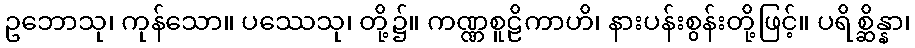
ဥဘောသု၊ ကုန်သော။ ပဿေသု၊ တို့၌။ ကဏ္ဏစူဠိကာဟိ၊ နားပန်းစွန်းတို့ဖြင့်။ ပရိစ္ဆိန္နာ၊